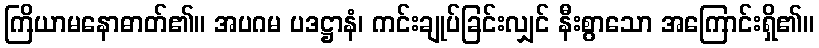
ကြိယာမနောဓာတ်၏။ အပဂမ ပဒဋ္ဌာနံ၊ ကင်းချုပ်ခြင်းလျှင် နီးစွာသော အကြောင်းရှိ၏။